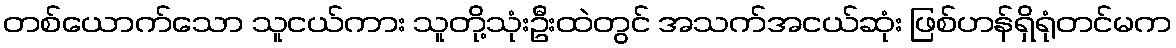
တစ်ယောက်သော သူငယ်ကား သူတို့သုံးဦးထဲတွင် အသက်အငယ်ဆုံး ဖြစ်ဟန်ရှိရုံတင်မက